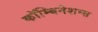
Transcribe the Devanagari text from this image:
कॉम्बिनेशन्स